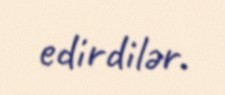
edirdilər.